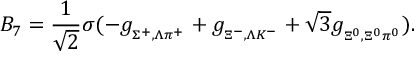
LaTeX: B _ { 7 } = \frac { 1 } { \sqrt { 2 } } \sigma ( - g _ { { } _ { \Sigma ^ { + } , \Lambda \pi ^ { + } } } + g _ { { } _ { \Xi ^ { - } , \Lambda K ^ { - } } } + \sqrt 3 g _ { { } _ { \Xi ^ { 0 } , \Xi ^ { 0 } \pi ^ { 0 } } } ) .